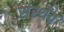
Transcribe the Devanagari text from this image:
संस्थेंत